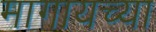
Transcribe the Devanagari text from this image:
मागायच्या